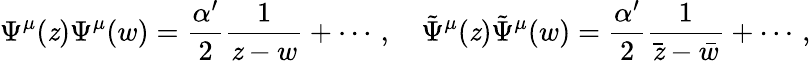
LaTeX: \Psi^{\mu}(\mathit{z})\Psi^{\mu}(w)=\frac{{\alpha^{\prime}}}{{2}}\frac{{1}}{{\mathit{z}-w}}+\cdots\, ,\quad\tilde{{\Psi}}^{\mu}(\mathit{z})\tilde{{\Psi}}^{\mu}(w)=\frac{{\alpha^{\prime}}}{{2}}\frac{{1}}{{\bar{{\mathit{z}}}-\bar{{w}}}}+\cdots\, ,